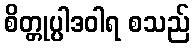
စိတ္တုပ္ပါဒဝါရ စသည်